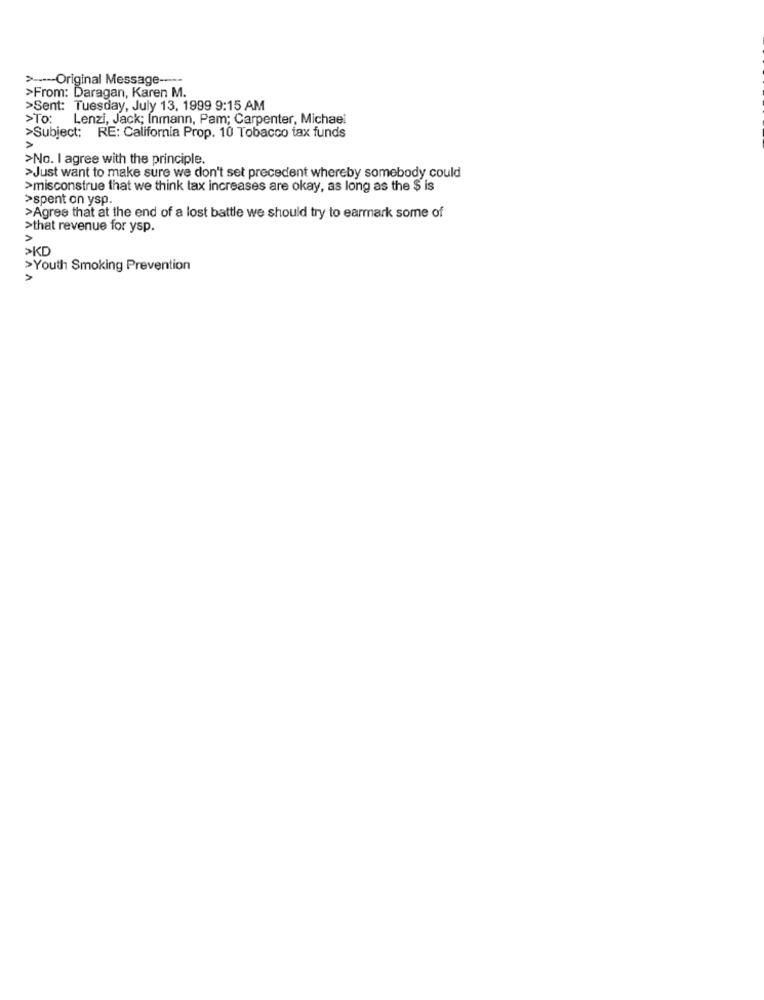
> ----- Original Message ----
>From: Daragan, Karen M.
>Sent: Tuesday, July 13, 1999 9:15 AM
>TO:
Lenzi, Jack; Inmann, Pam; Carpenter, Michael
>Subject: RE: California Prop. 10 Tobacco tax funds
>No. I agree with the principle.
>Just want to make sure we don't set precedent whereby somebody could
>misconstrue that we think tax increases are okay, as long as the $ is
>spent on ysp.
>Agree that at the end of a lost battle we should try to earmark some of
>that revenue for ysp.
V
>KD
>Youth Smoking Prevention